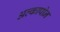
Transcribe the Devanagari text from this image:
अल्कापोन